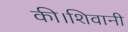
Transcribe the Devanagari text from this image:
की।शिवानी